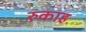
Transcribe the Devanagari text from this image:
रुकाह